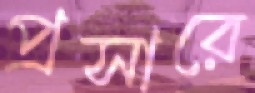
প্রসারে